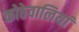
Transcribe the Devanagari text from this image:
कोठेवालियां